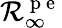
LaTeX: \mathcal{R}_{\infty}^{\mathrm{{~p~e~}}}